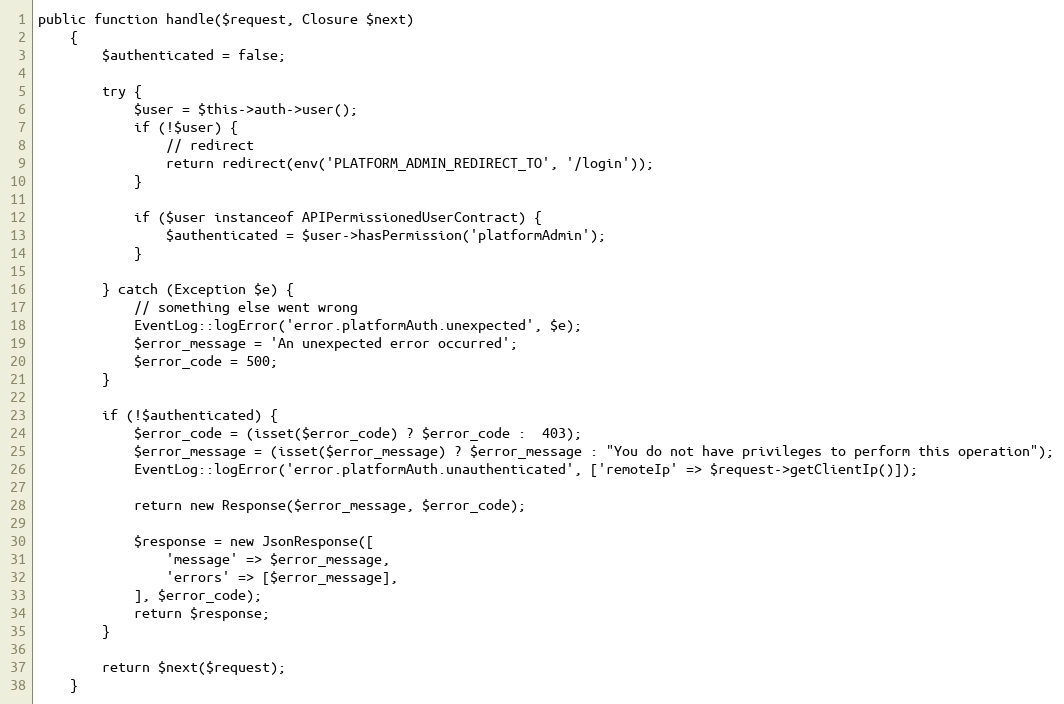
Language: PHP
public function handle($request, Closure $next)
    {
        $authenticated = false;

        try {
            $user = $this->auth->user();
            if (!$user) {
                // redirect
                return redirect(env('PLATFORM_ADMIN_REDIRECT_TO', '/login'));
            }

            if ($user instanceof APIPermissionedUserContract) {
                $authenticated = $user->hasPermission('platformAdmin');
            }

        } catch (Exception $e) {
            // something else went wrong
            EventLog::logError('error.platformAuth.unexpected', $e);
            $error_message = 'An unexpected error occurred';
            $error_code = 500;
        }

        if (!$authenticated) {
            $error_code = (isset($error_code) ? $error_code :  403);
            $error_message = (isset($error_message) ? $error_message : "You do not have privileges to perform this operation");
            EventLog::logError('error.platformAuth.unauthenticated', ['remoteIp' => $request->getClientIp()]);

            return new Response($error_message, $error_code);

            $response = new JsonResponse([
                'message' => $error_message,
                'errors' => [$error_message],
            ], $error_code);
            return $response;
        }

        return $next($request);
    }